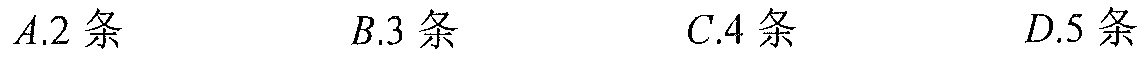
$A.2\text{条}\quad B.3\text{条}\quad C.4\text{条}\quad D.5\text{条}$